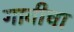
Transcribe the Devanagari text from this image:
गावीचा